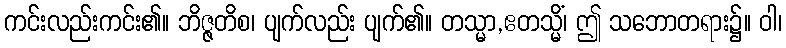
ကင်းလည်းကင်း၏။ ဘိဇ္ဇတိစ၊ ပျက်လည်း ပျက်၏။ တသ္မာ,ဧတသ္မိံ၊ ဤ သဘောတရား၌။ ဝါ၊